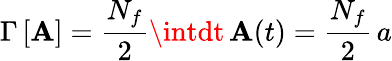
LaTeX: \Gamma\, [\mathbf{A}]=\frac{{N_{f}}}{{2}}\intdt\, \mathbf{A}(t)=\frac{{N_{f}}}{{2}}\, a